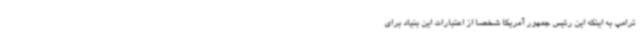
ترامپ به اینکه این رئیس جمهور آمریکا شخصا از اعتبارات این بنیاد برای